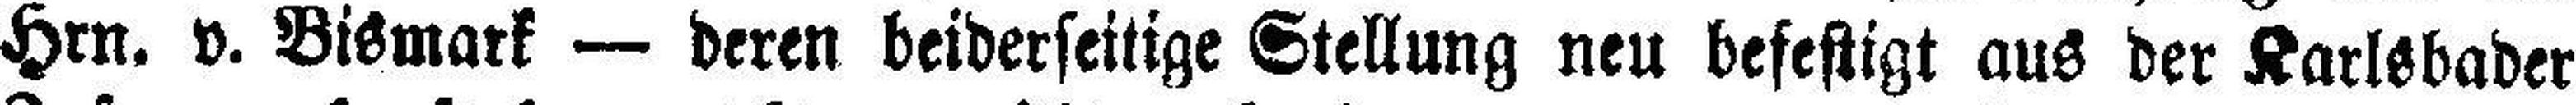
Hrn. v. Bismark — deren beiderseitige Stellung neu befestigt aus der Karlsbader